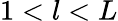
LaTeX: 1<l<L